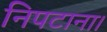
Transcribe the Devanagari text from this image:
निपटाना।